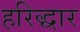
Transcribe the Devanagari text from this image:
हरिद्धार